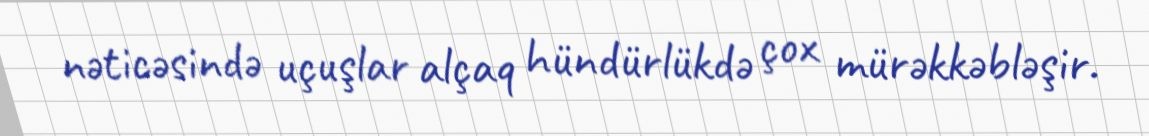
nəticəsində uçuşlar alçaq hündürlükdə çox mürəkkəbləşir.